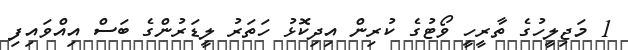
1 މަޖިލީހުގެ ތާރީހީ ވޯޓުގެ ކުރިން އިދިކޮޅު ހަތަރު ލީޑަރުންގެ ބަސް އިއްވައިފި